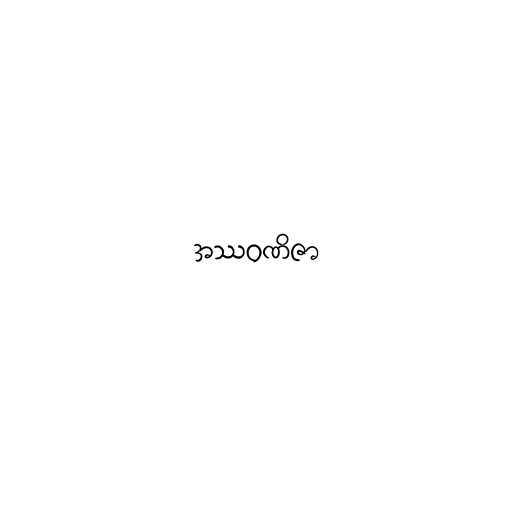
အဿဝဏိဇာ